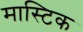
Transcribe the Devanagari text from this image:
मास्टिक